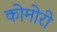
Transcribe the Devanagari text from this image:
कोमोरी